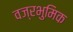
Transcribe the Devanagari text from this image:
वज्रभुमिक